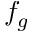
f _ { g }